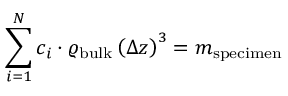
\sum _ { i = 1 } ^ { N } c _ { i } \cdot \varrho _ { \mathrm { b u l k } } \left( \Delta z \right) ^ { 3 } = m _ { \mathrm { s p e c i m e n } }